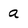
Character: a